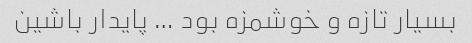
بسیار تازه و خوشمزه بود … پایدار باشین